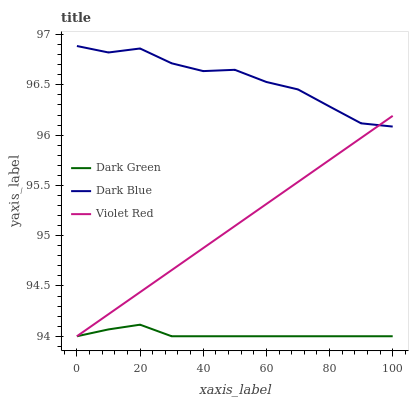
| xaxis_label | Dark Green | Dark Blue | Violet Red |
 | --- | --- | --- | --- |
 | 0 | 94 | 96.9 | 94 |
 | 10 | 94.1 | 96.8 | 94.2 |
 | 20 | 94.1 | 96.9 | 94.4 |
 | 30 | 94 | 96.7 | 94.7 |
 | 40 | 94 | 96.6 | 94.9 |
 | 50 | 94 | 96.7 | 95.1 |
 | 60 | 94 | 96.5 | 95.3 |
 | 70 | 94 | 96.5 | 95.5 |
 | 80 | 94 | 96.3 | 95.8 |
 | 90 | 94 | 96.1 | 96 |
 | 100 | 94 | 96.1 | 96.2 |